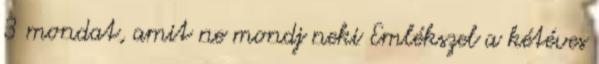
3 mondat, amit ne mondj neki Emlékszel a kétéves